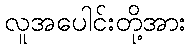
လူအပေါင်းတို့အား